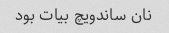
نان ساندویچ بیات بود